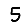
Digit: 5